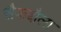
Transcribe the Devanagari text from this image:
सैफद्दौला